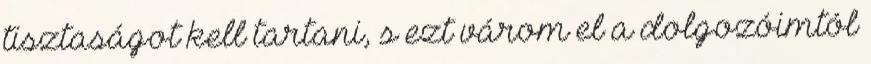
tisztaságot kell tartani, s ezt várom el a dolgozóimtól